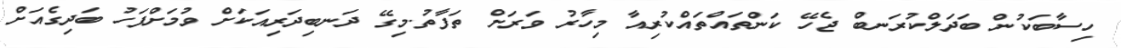
ހިސާބަކުން ބަދަލްކުރަނބް ޖެހޭ ކަންތައްތައްކުރިއާ މިހާރު ވަރަށް ތަފާތު.މިގޭ ދަނބިދަރިއަކަށް ވުމަށްފަހު ބަދިގެއަށް